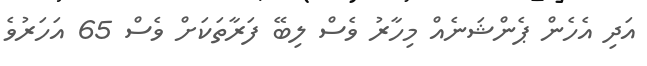
އަދި އެހެން ޕެންޝަނެއް މިހާރު ވެސް ލިބޭ ފަރާތަކަށް ވެސް 65 އަހަރުވެ